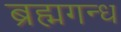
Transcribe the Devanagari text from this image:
ब्रह्मगन्ध